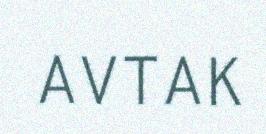
AVTAK